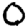
Digit: 0